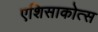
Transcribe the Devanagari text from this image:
एशिसाकोत्स